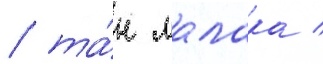
/ та́н малака /